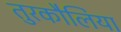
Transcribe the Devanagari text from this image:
तुरकौलिया